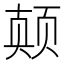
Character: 𱂪